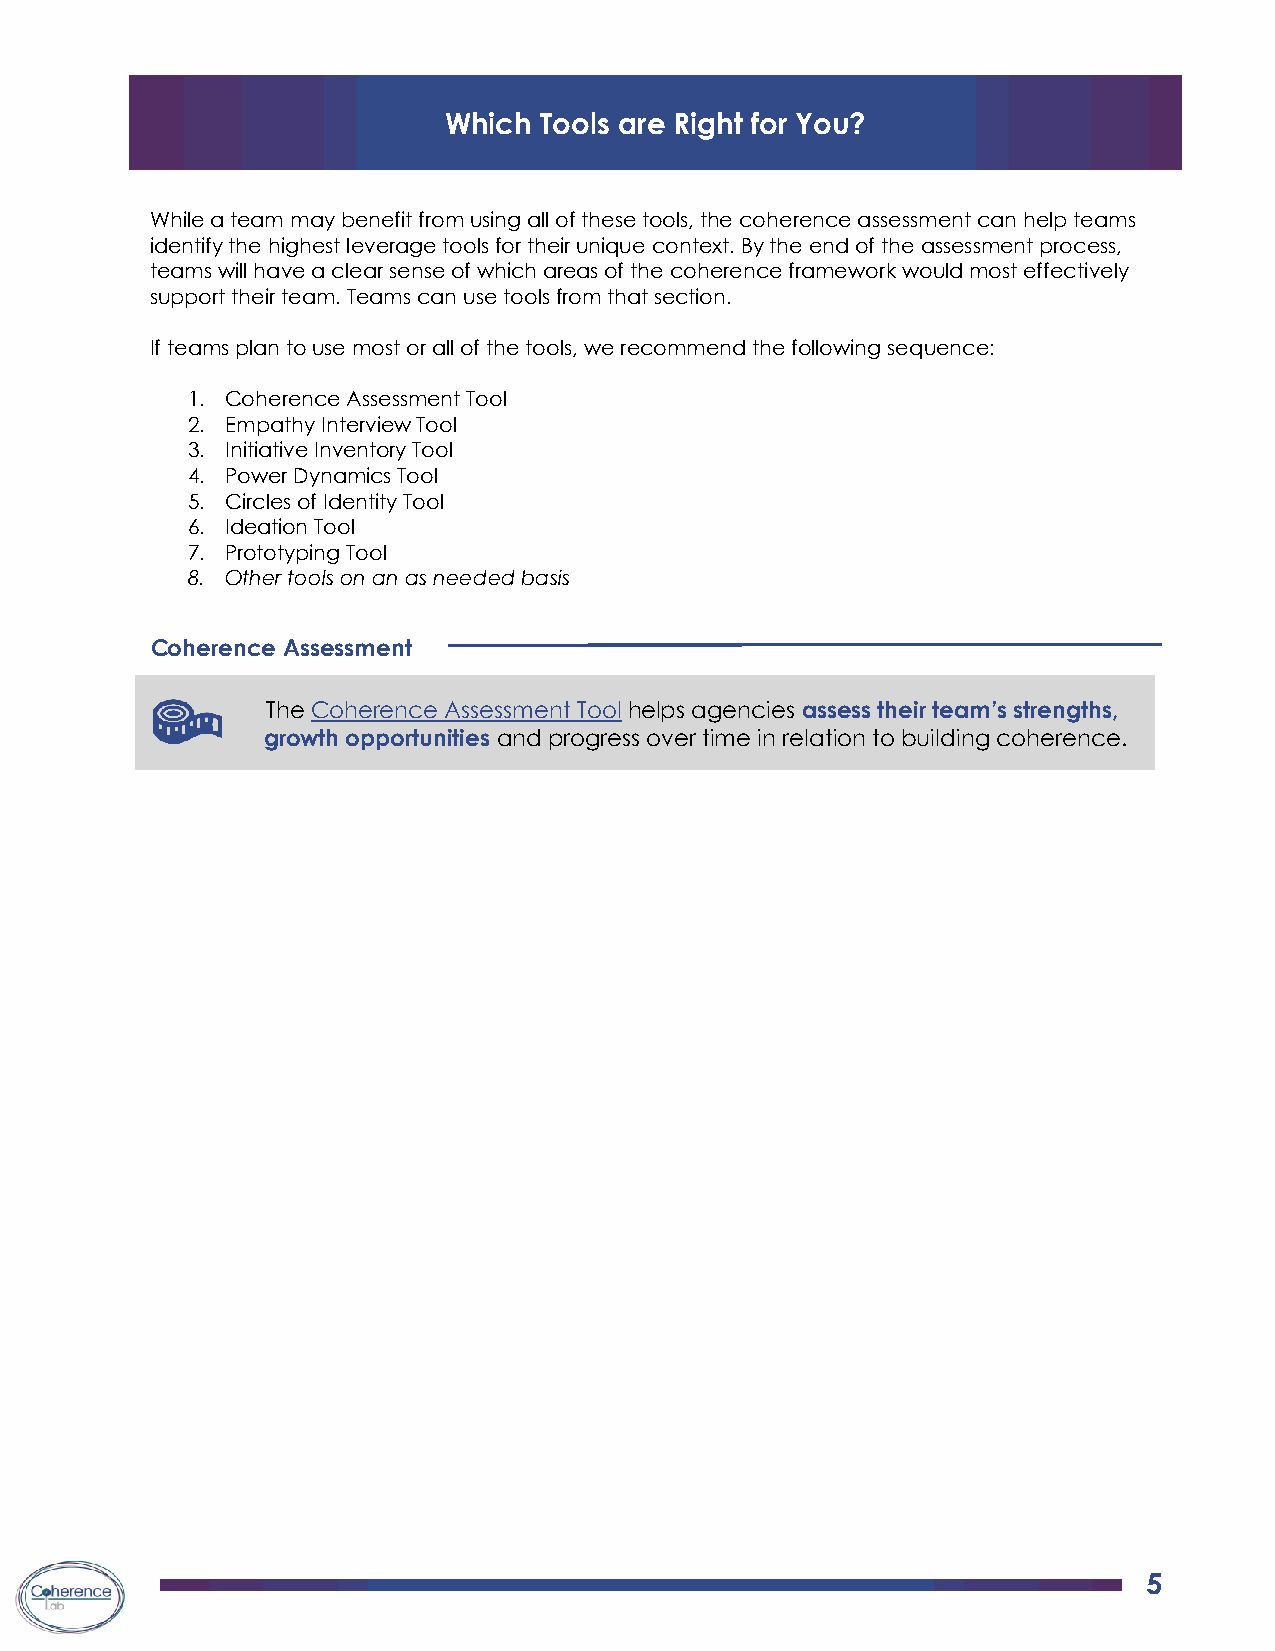
Which  Tools are Right for You?
 While a team may benefit from using all of these tools, the coherence assessment can help teams
 identify the highest leverage tools for their unique context. By the end of the assessment process,
 teams will have a clear sense of which areas of the coherence framework would most effectively
 support their team. Teams can use tools from that section.
 If teams plan to use most or all of the tools, we recommend the following sequence:
 1. Coherence Assessment Tool
 2. Empathy Interview Tool
 3. Initiative Inventory Tool
 4. Power Dynamics Tool
 5. Circles of Identity Tool
 6. Ideation Tool
 7. Prototyping Tool
 8. Other tools on an as needed basis
 Coherence Assessment
 The Coherence Assessment Tool helps agencies assess their team’s strengths,
 growth opportunities and progress over time in relation to building coherence.
 5